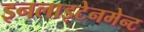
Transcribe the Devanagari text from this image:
इनलाइटेनमेन्ट